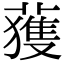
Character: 𫉬